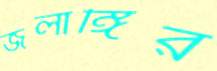
জলাঙ্গির